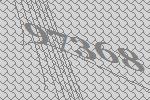
97368